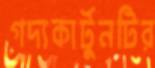
গদ্যকার্টুনটির